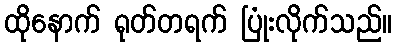
ထိုနောက် ရုတ်တရက် ပြုံးလိုက်သည်။